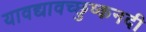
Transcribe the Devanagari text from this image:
यावद्यावच्छुष्कनदी